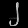
Digit: ၂